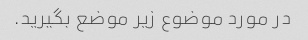
در مورد موضوع زیر موضع بگیرید.